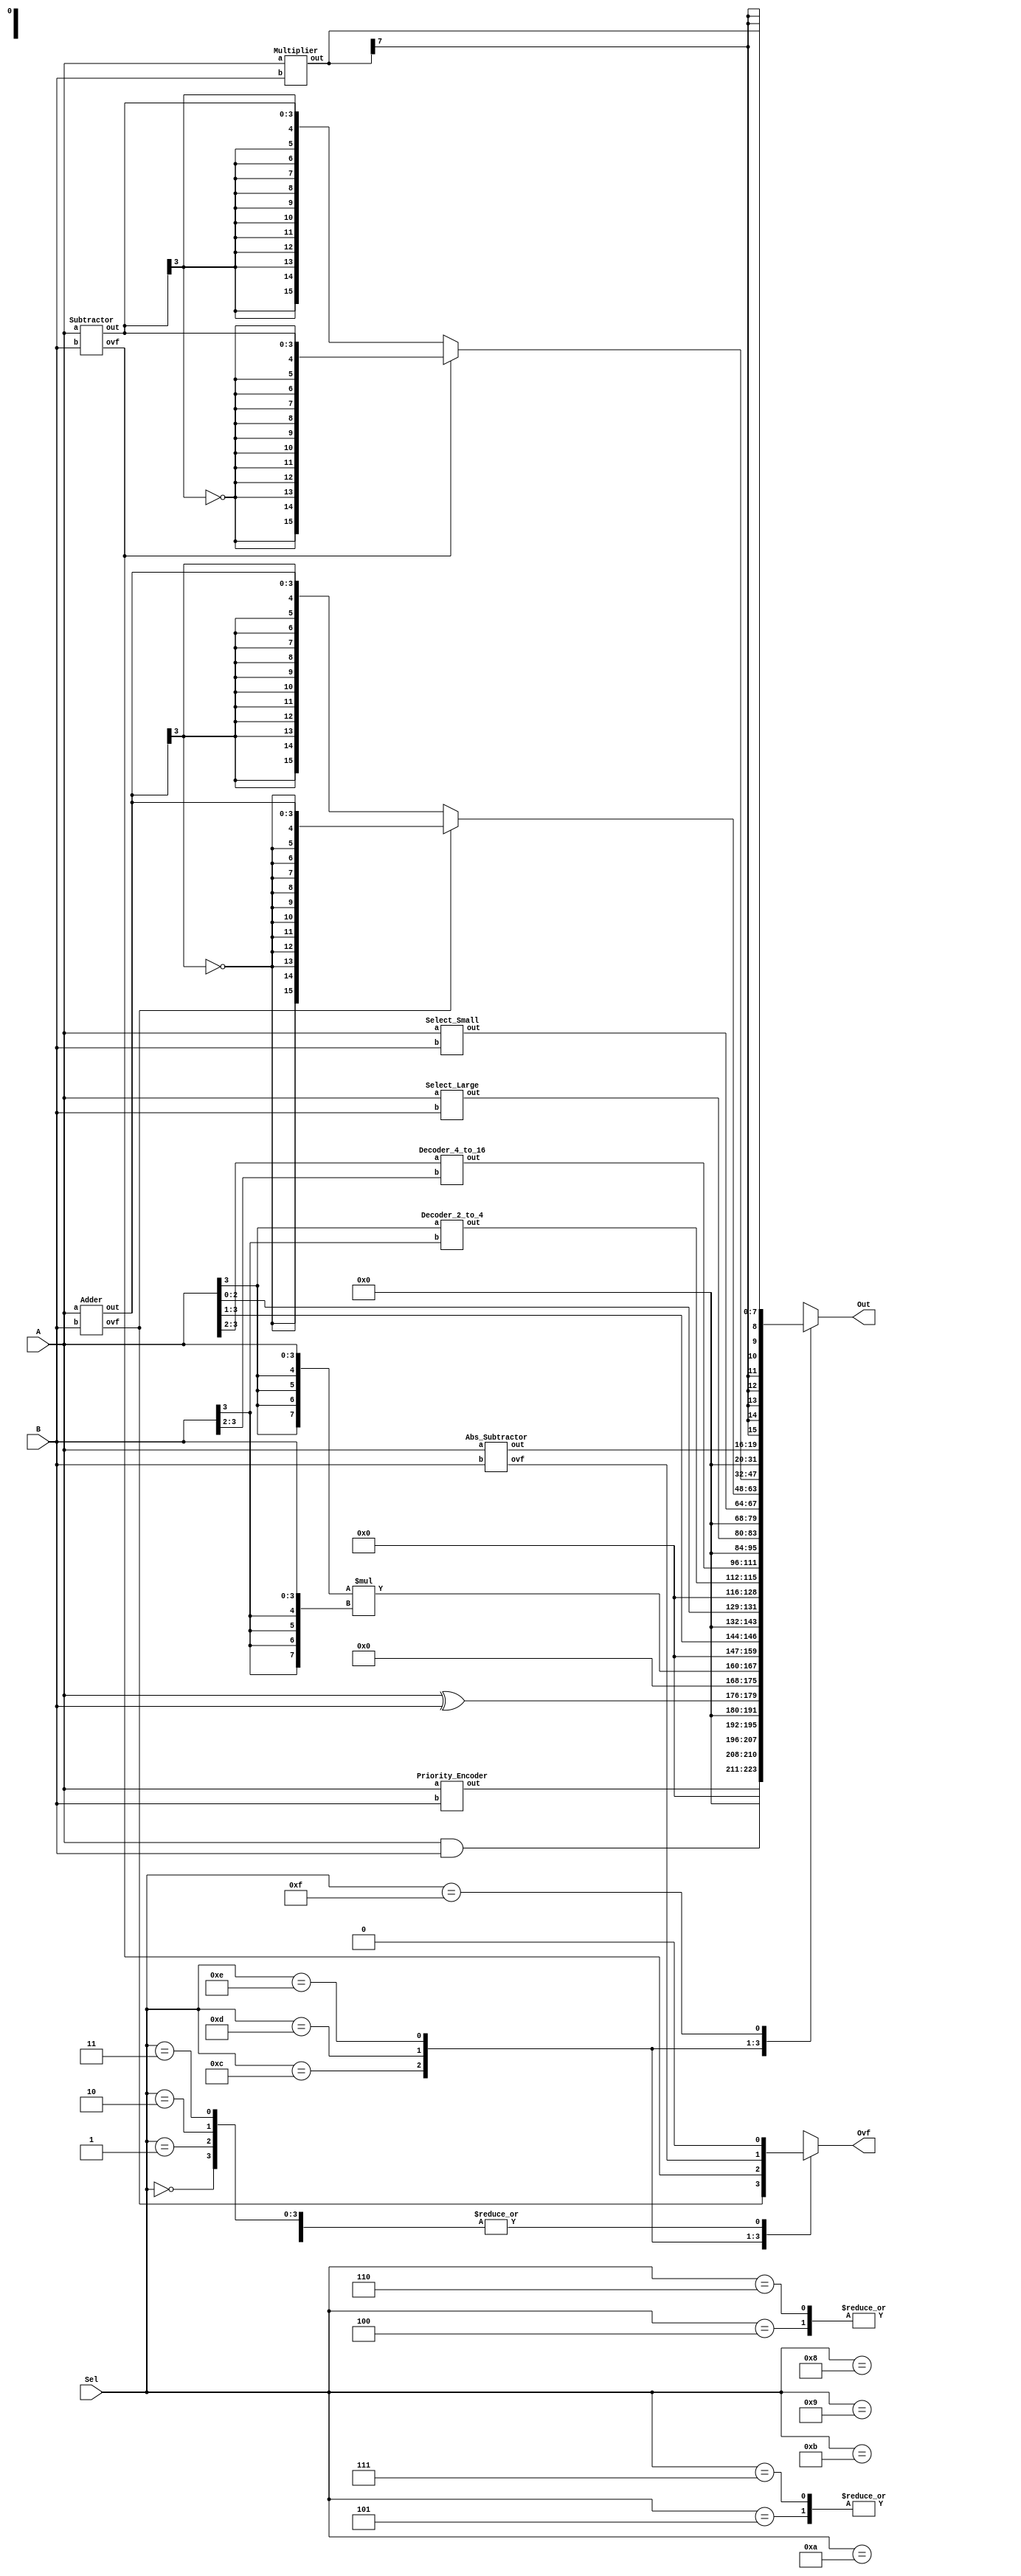
`timescale 1ns/1ps

module AM(A, B, Sel, Out, Ovf);
	input [3:0] A;
	input [3:0] B;
	input [3:0] Sel;
	output reg [15:0] Out;
	output reg Ovf;

	wire [2:0]out1;
	wire [3:0]out2,out4,out5,out6,out7,out8;
	wire [7:0]out9;
	wire [15:0]out3;
	wire ovf1,ovf2,ovf3;
	Priority_Encoder	pri(out1, A, B);
	Decoder_2_to_4		dec2(out2, A[3], B[3]);
	Decoder_4_to_16		dec4(out3, A[3:2], B[3:2]);
	Select_Large		Lar(out4, A, B);
	Select_Small		Sma(out5, A, B);
	Adder				add(out6, ovf1, A, B);
	Subtractor			sub(out7, ovf2, A, B);
	Abs_Subtractor		abs(out8, ovf3, A, B);
	Multiplier			mul(out9, A, B);
	
	//Decoder_2_to_4 zxc(A, B,Out)
	always@(*)begin
	case(Sel)
		0: begin // Priority Encoder
			Out = {13'b0,out1};
			Ovf = 1'b0;
		end
		
		1: begin // A&B
			Out = {12'b0,A&B};
			Ovf = 1'b0;
		end
		
		2: begin // A^B
			Out = {12'b0,A^B};
			Ovf = 1'b0;
		end
		
		3: begin // A*B
			Out = {8'b0,{{4{A[3]}},A}*{{4{B[3]}},B}};
			Ovf = 1'b0;
		end
		
		4: begin // A>>>1b1
			Out = {12'b0,{A>>>1'b1}};
			Ovf = 1'b0;
		end
		
		5: begin // A<<<1b1
			Out = {12'b0,{A<<<1'b1}};
			Ovf = 1'b0;
		end
		
		6: begin // A>>1b1
			Out = {12'b0,{A>>1'b1}};
			Ovf = 1'b0;
		end

		7: begin // A<<1b1
			Out = {12'b0,{A<<1'b1}};
			Ovf = 1'b0;
		end

		8: begin // 2-to-4 decoder
			Out = {12'b0,out2};
			Ovf = 1'b0;
		end
		
		9: begin // 4-to-16 decoder
			Out = out3;
			Ovf = 1'b0;
		end
		
		10: begin // select the larger number
			Out = {12'b0,out4};
			Ovf = 1'b0;
		end
		
		11: begin // select the smaller number
			Out = {12'b0,out5};
			Ovf = 1'b0;
		end
		
		12: begin // A+B
			Out = (ovf1)? {{12{!out6[3]}},out6} : {{12{out6[3]}},out6};
			Ovf = ovf1;
		end
		
		13: begin // A-B
			Out = (ovf2)? {{12{!out7[3]}},out7} : {{12{out7[3]}},out7};
			Ovf = ovf2;
		end
		
		14: begin // |A-B|
			Out = {12'b0,out8};
			Ovf = ovf3;
		end
		
		15: begin // A*B
			Out = {{8{out9[7]}},out9};
			Ovf = 1'b0;
		end

	endcase
	end

endmodule

module Priority_Encoder(out, a, b); // input with higher priority will take place
	input wire [3:0]a,b;
	output [2:0]out;
	
	wire [7:0]ab;
	assign ab = {a[3:0],b[3:0]};
	
	assign out = (ab[7] == 1'b1) ? 3'b111:
				 (ab[6] == 1'b1) ? 3'b110:
				 (ab[5] == 1'b1) ? 3'b101:
				 (ab[4] == 1'b1) ? 3'b100:
				 (ab[3] == 1'b1) ? 3'b011:
				 (ab[2] == 1'b1) ? 3'b010:
				 (ab[1] == 1'b1) ? 3'b001: 3'b000;
endmodule

module Decoder_2_to_4(out, a, b);// Only gate level
	input a,b;
	output [3:0] out;
	  
	wire not_a, not_b;
	
	not (not_a, a),(not_b, b);
	and (out[3],a,b),(out[2],a,not_b),(out[1],not_a,b),(out[0],not_a,not_b);
endmodule

module Decoder_4_to_16(out, a, b);// Only gate level
	input [1:0]a,b;
	output [15:0] out;
	
	wire [3:0]x,y;
	
	Decoder_2_to_4 dec1(x, a[1], a[0]);
	Decoder_2_to_4 dec2(y, b[1], b[0]);
	
	and (out[0],x[0],y[0]),(out[1],x[0],y[1]),(out[2],x[0],y[2]),
		(out[3],x[0],y[3]),and4(out[4],x[1],y[0]),(out[5],x[1],y[1]),
		(out[6],x[1],y[2]),(out[7],x[1],y[3]),(out[8],x[2],y[0]),
		(out[9],x[2],y[1]),(out[10],x[2],y[2]),(out[11],x[2],y[3]),
		(out[12],x[3],y[0]),(out[13],x[3],y[1]),(out[14],x[3],y[2]),
		(out[15],x[3],y[3]);
endmodule

module bitslice(out, pa, pb, a, b);
	input pa,pb,a,b;
	output [1:0]out;
	
	wire not_a, not_b, not_pa, not_pb, or_a, or_b;
	
	not (not_pa,pa),(not_pb,pb);
	or (or_a, a, pa),(or_b, b, pb);
	and (out[1], or_a, not_pb),(out[0], or_b, not_pa);
endmodule

module Select_Large(out, a, b);// Design bit slice
	input [3:0] a,b;
	output [3:0] out;
	
	wire [1:0]nab0,nab1,nab2,nab3,nab4;
	assign nab4 = 2'b0;
	bitslice b_3(nab3, nab4[1], nab4[0], a[3], b[3]);
	bitslice b_2(nab2, nab3[1], nab3[0], a[2], b[2]);
	bitslice b_1(nab1, nab2[1], nab2[0], a[1], b[1]);
	bitslice b_0(nab0, nab1[1], nab1[0], a[0], b[0]);
	
	assign out = (nab0[1]) ? a : b;
endmodule

module Select_Small(out, a, b);// Design bit slice
	input [3:0] a,b;
	output [3:0] out;
	
	wire [1:0]nab0,nab1,nab2,nab3,nab4;
	assign nab4 = 2'b0;
	bitslice b_3(nab3, nab4[1], nab4[0], a[3], b[3]);
	bitslice b_2(nab2, nab3[1], nab3[0], a[2], b[2]);
	bitslice b_1(nab1, nab2[1], nab2[0], a[1], b[1]);
	bitslice b_0(nab0, nab1[1], nab1[0], a[0], b[0]);
	
	assign out = (!nab0[1]) ? a : b;
endmodule

module Bit_Adder(cout, s, a, b, cin);// Design bit slice
	input a,b,cin;
	output cout,s;
	
	wire and0,and1,and2;
	xor (s,a,b,cin); // ODD function
	
	and (and0,a,b),(and1,b,cin),(and2,a,cin);
	or  (cout,and0,and1,and2);
endmodule

module Adder(out, ovf, a, b);// Design bit slice
	input [3:0] a,b;
	output [3:0] out;
	output ovf;
	
	wire [3:0]cout,c,d;
	
	Bit_Adder ad3(cout[0], out[0], a[0], b[0], 1'b0);
	Bit_Adder ad2(cout[1], out[1], a[1], b[1], cout[0]);
	Bit_Adder ad1(cout[2], out[2], a[2], b[2], cout[1]);
	Bit_Adder ad0(cout[3], out[3], a[3], b[3], cout[2]);
	
	xor (ovf, cout[3], cout[2]);
	//(a[3]!=b[3]) ? 1'b0 : (a[3]!=out[3]) ? 1'b1 : 1'b0;
endmodule

module Subtractor(out, ovf, a, b);// Reuse adder
	input [3:0] a,b;
	output [3:0] out;
	output ovf;
	
	wire [3:0]b2;
	assign b2[3:0] = (~b[3:0]+ 1'b1);
	Adder add(out, ovf, a, b2);
endmodule

module Abs_Subtractor(out, ovf, a, b);// Reuse Subtractor
	input [3:0] a,b;
	output [3:0] out;
	output ovf;
	
	wire [3:0] tmp;
	
	Subtractor sub(tmp, ovf, a, b);
	assign out = (tmp[3]) ? (~tmp[3:0]+ 1'b1) : tmp;
	
endmodule

module Multiplier(out, a, b);// Only gate level
	input [3:0] a,b;
	output [7:0] out;
	
	wire c1,c2,c3,c4,c5,c6,c7,c8,c9,c10,c11,c12,c13,c14,
		 d1,d2,d3,d4,d5,d6,d7,
		 e1,e2,e3,e4,e5,e6,e7,
		 f1,f2,f3,f4;
	
	and	(c1,b[3],a[1]),	(c2,b[2],a[2]),	(c3,b[1],a[3]),
		(c4,b[3],a[0]),	(c5,b[2],a[1]),	(c6,b[1],a[2]),
		(c7,b[2],a[0]),	(c8,b[1],a[1]),	(c9,b[0],a[2]),
		(c10,b[1],a[0]),(c11,b[0],a[1]),(out[0],b[0],a[0]),
		(c12,b[2],a[3]),(c13,b[3],a[2]),(c14,b[0],a[3]),
		(f1,b[3],a[3]);

	Bit_Adder bitAdder0(d1,d2,c1,c2,c3);
	Bit_Adder bitAdder1(d3,d4,c4,c5,c6);
	Bit_Adder bitAdder2(d5,d6,c7,c8,c9);
	Bit_Adder bitAdder3(d7,out[1],c10,c11,1'b0);
	
	Bit_Adder bitAdder4(e1,e2,c12,c13,d1);
	Bit_Adder bitAdder5(e3,e4,d2,d3,e5);
	Bit_Adder bitAdder6(e5,e6,d4,c14,d5);
	Bit_Adder bitAdder7(e7,out[2],d6,d7,1'b0);
	Bit_Adder bitAdder8(out[7],out[6],f1,e1,f2); 
	 
	Bit_Adder bitAdder9(f2,out[5],e2,e3,f3);
	Bit_Adder bitAdder10(f3,out[4],e4,1'b0,f4);
	Bit_Adder bitAdder11(f4,out[3],e6,e7,1'b0);
endmodule